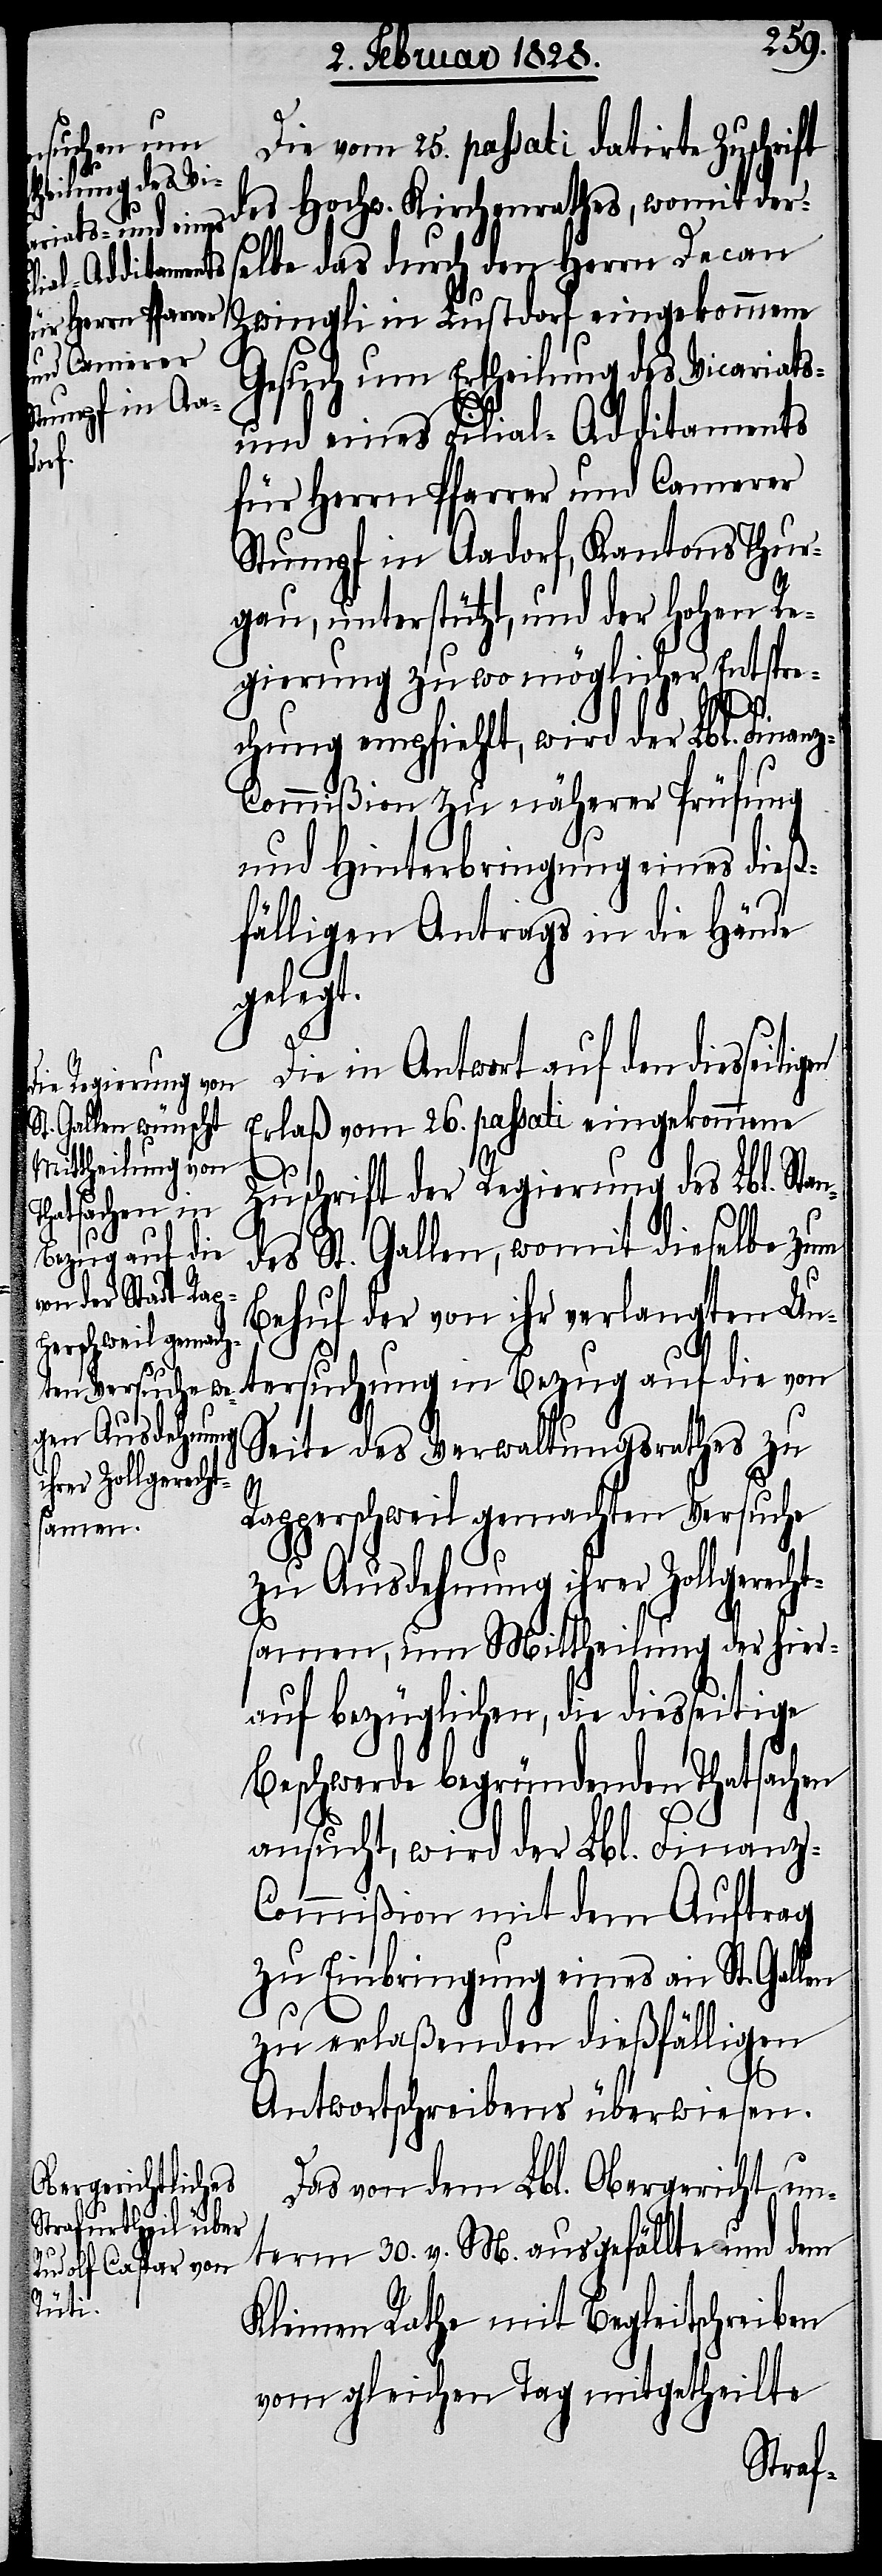
Die vom 25. passati datirte Zuschrift
des Hochw. Kirchenrathes, womit ders¬
elbe das durch den Herrn Decan
Zwingli in Lustdorf eingekommene
Gesuch um Ertheilung des Vicariats-
und eines Filial-Additaments
für Herrn Pfarrer und Camerer
Stumpf in Aadorf, Kantons Thur¬
gau, unterstützt, und der Hohen Re¬
gierung zu wo möglicher Entspre¬
igen
chung empfiehlt, wird der Lbl. Finanz-C¬
ommißion zu näherer Prüfung
und Hinterbringung eines dieß¬
fälligen Antrags in die Hände
gelegt.
Die in Antwort auf den diesseit¬
Erlaß vom 26. passati eingekommene
Zuschrift der Regierung des Lbl. Stan¬
des St. Gallen, womit dieselbe zum
Behuf der von ihr verlangten Unt¬
ersuchung in Bezug auf die von
Seite des Verwaltungsrathes zu
Rapperschweil gemachten Versuche
zu Ausdehnung ihrer Zollgerecht¬
samen, um Mittheilung der hier¬
auf bezüglichen, die diesseitige
Beschwerde begründenden Thatsachen
ansucht, wird der Lbl. Finanz-C¬
ommißion mit dem Auftrag
zu Einbringung eines an St. Gallen
zu erlaßenden dießfälligen
Antwortschreibens überwiesen.
Das von dem Lbl. Obergericht un¬
term 30. v. M. ausgefällte und dem
Kleinen Rathe mit Begleitschreiben
vom gleichen Tag mitgetheilte